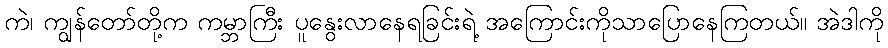
ကဲ၊ ကျွန်တော်တို့က ကမ္ဘာကြီး ပူနွေးလာနေရခြင်းရဲ့ အကြောင်းကိုသာပြောနေကြတယ်။ အဲဒါကို